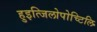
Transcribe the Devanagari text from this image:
हुइत्जिलोपोच्टिलि